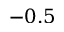
- 0 . 5